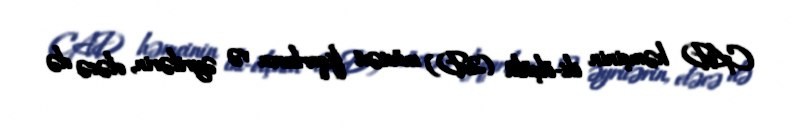
CAD həmçinin iki-ölçülü (2D) müstəvi fiqurların və əyrilərin, eləcə də